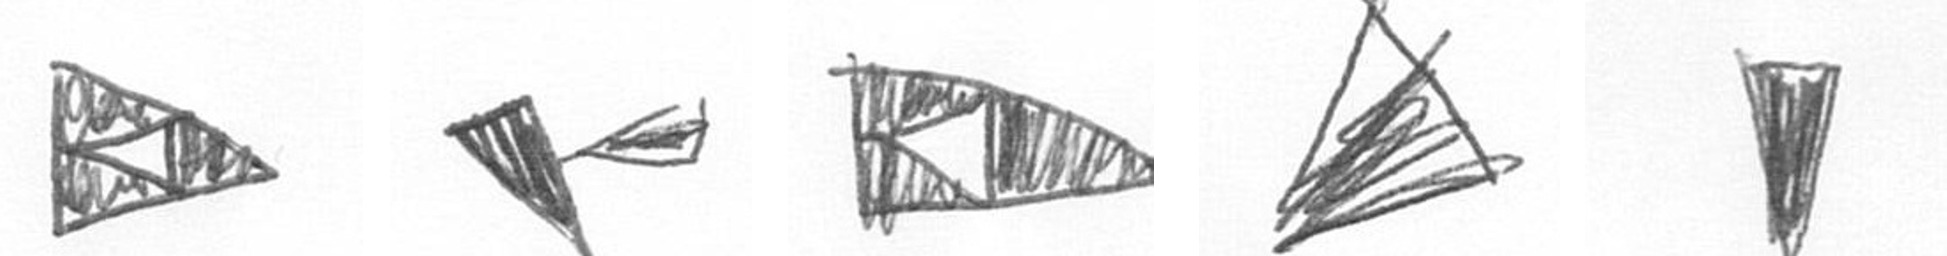
K F K O J